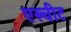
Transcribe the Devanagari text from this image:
एस्चीट